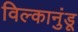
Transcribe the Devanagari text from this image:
विल्कानुंडू